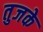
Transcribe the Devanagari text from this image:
तुजके